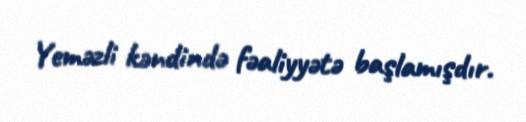
Yeməzli kəndində fəaliyyətə başlamışdır.